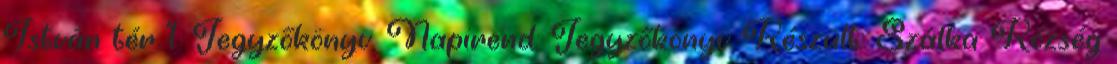
István tér 1. Jegyzőkönyv. Napirend: Jegyzőkönyv Készült: Szálka Község